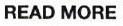
READ MORE